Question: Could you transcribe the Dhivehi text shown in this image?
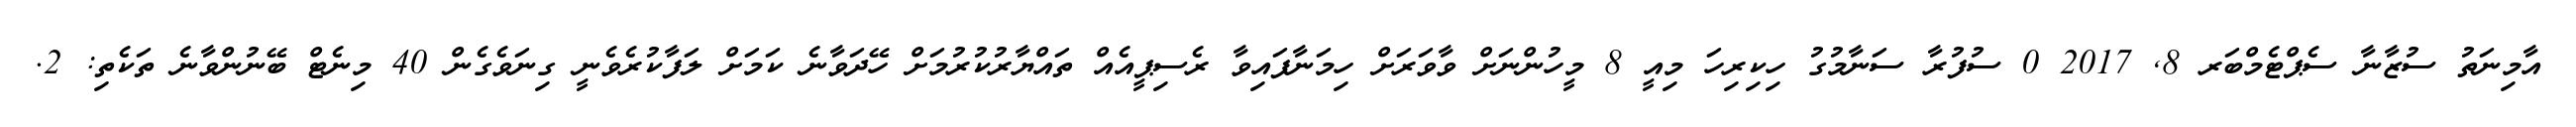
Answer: އާމިނަތު ސުޒާނާ ސެޕްޓެމްބަރ 8, 2017 0 ސުފުރާ ސަނާމުގު ހިކިރިހަ މިއީ 8 މީހުންނަށް ވާވަރަށް ހިމަނާފައިވާ ރެސިޕީއެއް ތައްޔާރުކުރުމަށް ހޭދަވާނެ ކަމަށް ލަފާކުރެވެނީ ގިނަވެގެން 40 މިނެޓް ބޭނުންވާނެ ތަކެތި: 2.